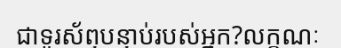
ជាទូរស័ព្ទបន្ទាប់របស់អ្នក?លក្ខណៈ